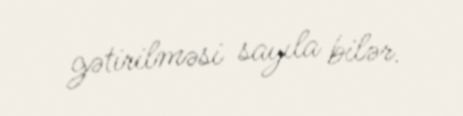
gətirilməsi sayıla bilər.